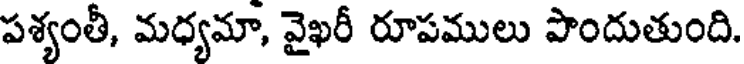
పశ్యంతీ, మధ్యమా, వైఖరీ రూపములు పొందుతుంది.